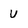
Character: U